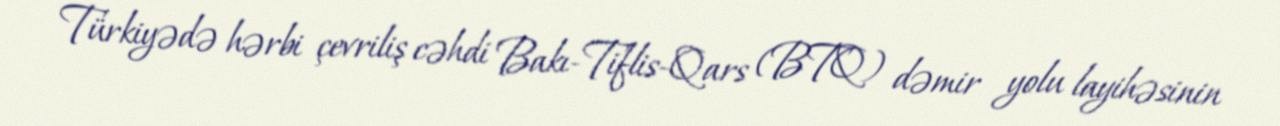
Türkiyədə hərbi çevriliş cəhdi Bakı-Tiflis-Qars (BTQ) dəmir yolu layihəsinin